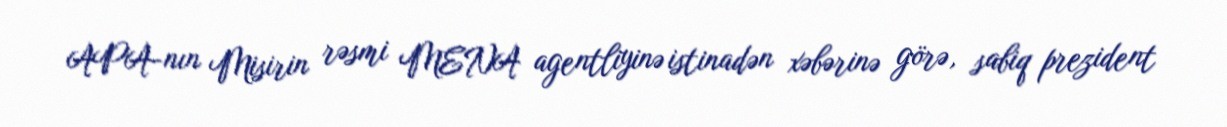
APA-nın Misirin rəsmi MENA agentliyinə istinadən xəbərinə görə, sabiq prezident